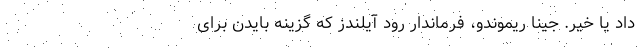
داد یا خیر. جینا ریموندو، فرماندار رود آیلندز که گزینه بایدن برای